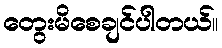
တွေးမိစေချင်ပါတယ်။